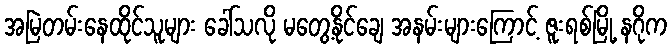
အမြဲတမ်းနေထိုင်သူများ ခေါ်သလို မတွေ့နိုင်ချေ အနမ်းများကြောင့် ဇူးရစ်မြို့ နဂိုက